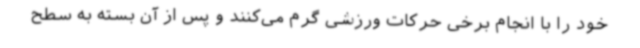
خود را با انجام برخی حرکات ورزشی گرم می‌کنند و پس از آن بسته به سطح